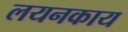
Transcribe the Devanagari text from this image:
लयनकाय